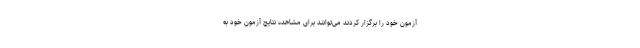
آزمون خود را برگزار کردند می‌توانند برای مشاهده نتایج آزمون خود به